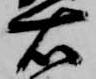
右